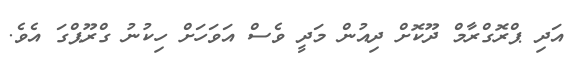
އަދި ޕްރޮގްރާމް ދޫކޮށް ދިއުން މަދީ ވެސް އަވަހަށް ހިކުނު ގްރޫޕްގަ އެވެ.